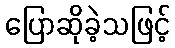
ပြောဆိုခဲ့သဖြင့်